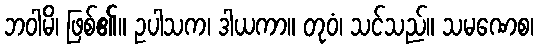
ဘဝါမိ၊ ဖြစ်၏။ ဥပါသက၊ ဒါယကာ။ တုဝံ၊ သင်သည်။ သမဏေစ၊